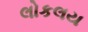
લોકલય